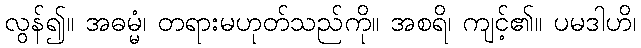
လွန်၍။ အဓမ္မံ၊ တရားမဟုတ်သည်ကို။ အစရိ၊ ကျင့်၏။ ပမဒါဟိ၊